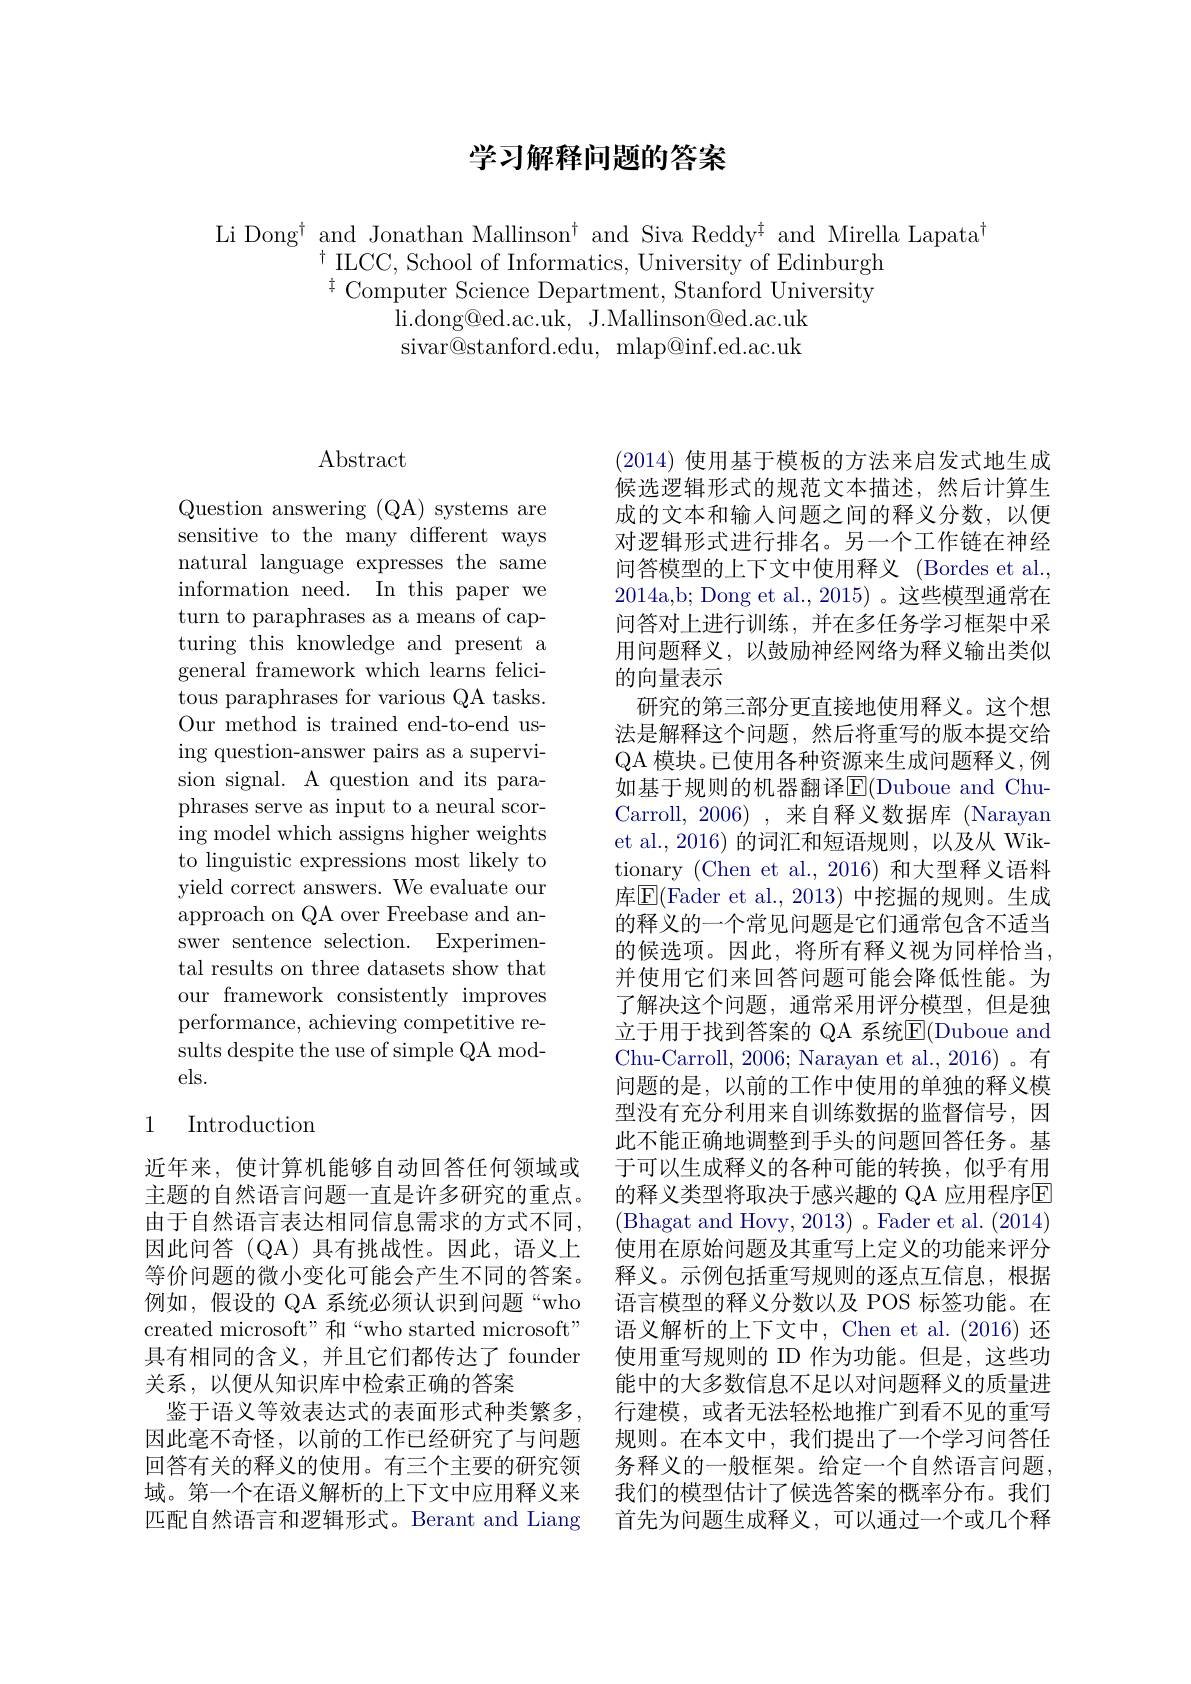
# 学习解释问题的答案

Li Dong$^{\dagger}$and Jonathan Mallinson$^{\dagger}$ and Siva Reddy$^{\ddagger}$ and Mirella Lapata$^{\dagger}$
$^{\dagger}$ILCC, School of Informatics, University of Edinburgh ${}^{\dagger}$ Computer Science Department, Stanford University
li. dong@ ed. ac. uk, J. Mallinson@ ed. ac. uk sivar@stanford.edu,mlap@inf.ed.ac.uk

## $\operatorname{Abstract}$

Question answering (QA) systems are sensitive to the many different ways natural language expresses the same information need. In this paper we turn to paraphrases as a means of capturing this knowledge and present a general framework which learns felicitous paraphrases for various QA tasks. Our method is trained end-to-end using question-answer pairs as a supervision signal. A question and its paraphrases serve as input to a neural scoring model which assigns higher weights to linguistic expressions most likely to yield correct answers. We evaluate our approach on QA over Freebase and answer sentence selection. Experimental results on three datasets show that our framework consistently improves performance, achieving competitive results despite the use of simple QA models.

### 1 Introduction

近年来，使计算机能够自动回答任何领域或主题的自然语言问题一直是许多研究的重点。由于自然语言表达相同信息需求的方式不同， 因此问答(QA)具有挑战性。因此，语义上等价问题的微小变化可能会产生不同的答案。例如，假设的 QA 系统必须认识到问题“who created microsoft" 和“who started microsoft" 具有相同的含义，并且它们都传达了 founder 关系，以便从知识库中检索正确的答案
鉴于语义等效表达式的表面形式种类繁多， 因此毫不奇怪，以前的工作已经研究了与问题回答有关的释义的使用。有三个主要的研究领域。第一个在语义解析的上下文中应用释义来匹配自然语言和逻辑形式。Berant and Liang

(2014)使用基于模板的方法来启发式地生成候选逻辑形式的规范文本描述，然后计算生成的文本和输入问题之间的释义分数，以便对逻辑形式进行排名。另一个工作链在神经问答模型的上下文中使用释义 (Bordes et al. 2014a,b; Dong et al., 2015)。这些模型通常在问答对上进行训练，并在多任务学习框架中采用问题释义，以鼓励神经网络为释义输出类似的向量表示
研究的第三部分更直接地使用释义。这个想法是解释这个问题，然后将重写的版本提交给QA 模块。已使用各种资源来生成问题释义，例如基于规则的机器翻译$\operatorname{E}($Duboue and ChuCarroll, 2006), 来自释义数据库 (Narayan et al., 2016) 的词汇和短语规则，以及从 Wiktionary (Chen et al.,2016)和大型释义语料库$\overline{\mathrm{E}}($Fader et al.,2013) 中挖掘的规则。生成的释义的一个常见问题是它们通常包含不适当的候选项。因此，将所有释义视为同样恰当， 并使用它们来回答问题可能会降低性能。为了解决这个问题，通常采用评分模型，但是独立于用于找到答案的 QA 系统E$( Duboue and$ Chu-Carroll, 2006; Narayan et al., 2016)。有问题的是，以前的工作中使用的单独的释义模型没有充分利用来自训练数据的监督信号，因此不能正确地调整到手头的问题回答任务。基于可以生成释义的各种可能的转换，似乎有用的释义类型将取决于感兴趣的 QA 应用程序E (Bhagat and Hovy, 2013) 。\:{Fader~et~al.~(2014)}}\:(\:{Bhagat~and~Hovy,~2013})~。{Fader~et~al.~(2014)}\:(\:2014)}\:(\:{Bhagat~and~Hovy,~2013})~。{Fader~et~al.~(2014)}\:(\:2014)\:(\:{Bhagat~and~Hovy,~2013})~。{Fader~et~al.~(2014)}\:(\:2014)\:(\:{Bhagat~and~Hovy,~2013})~。使用在原始问题及其重写上定义的功能来评分释义。示例包括重写规则的逐点互信息，根据语言模型的释义分数以及 POS 标签功能。在语义解析的上下文中，Chen et al.(2016) 还使用重写规则的 ID 作为功能。但是，这些功能中的大多数信息不足以对问题释义的质量进行建模，或者无法轻松地推广到看不见的重写规则。在本文中，我们提出了一个学习问答任务释义的一般框架。给定一个自然语言问题， 我们的模型估计了候选答案的概率分布。我们首先为问题生成释义，可以通过一个或几个释